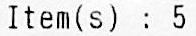
ITEM(S) : 5